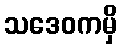
သဒေဝကမှိ